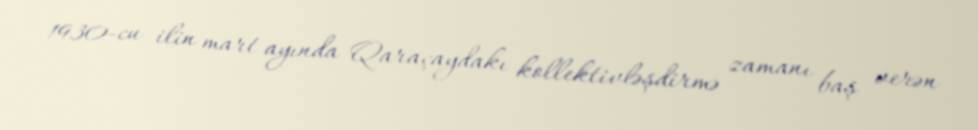
1930-cu ilin mart ayında Qaraçaydakı kollektivləşdirmə zamanı baş verən